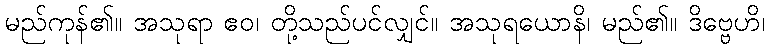
မည်ကုန်၏။ အသုရာ ဧဝ၊ တို့သည်ပင်လျှင်။ အသုရယောနိ၊ မည်၏။ ဒိဗ္ဗေဟိ၊